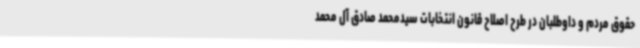
حقوق مردم و داوطلبان در طرح اصلاح قانون انتخابات سیدمحمد صادق آل محمد